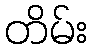
တိမ်း